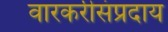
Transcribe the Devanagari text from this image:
वारकरीसंप्रदाय